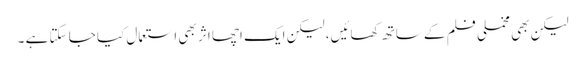
لیکن بھی مخملی فلم کے ساتھ کھائیں، لیکن ایک اچھا اثر بھی استعمال کیا جا سکتا ہے ۔